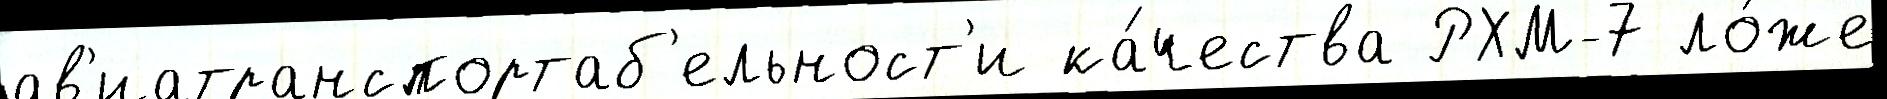
ав'иатранспортаб'ельност'и ка́чества РХМ-7 ло́же